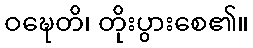
ဝဍ္ဎေတိ၊ တိုးပွားစေ၏။